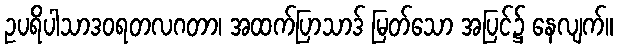
ဥပရိပါသာဒဝရတလဂတာ၊ အထက်ပြာသာဒ် မြတ်သော အပြင်၌ နေလျက်။